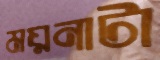
ময়নাটা